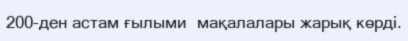
200-ден астам ғылыми  мақалалары жарық көрді.